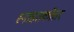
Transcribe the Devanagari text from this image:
स्नाहतकोत्तर